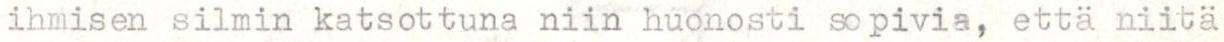
ihmisen silmin katsottuna niin huonosti sopivia, että niitä